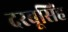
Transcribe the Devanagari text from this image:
दरबूसिंह